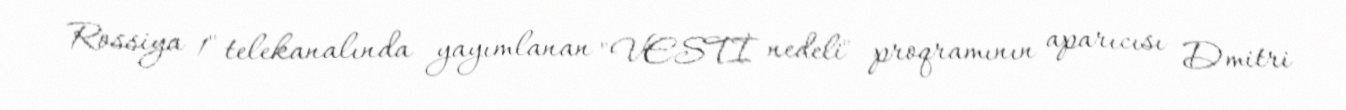
Rossiya 1" telekanalında yayımlanan "VESTİ nedeli" proqramının aparıcısı Dmitri